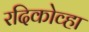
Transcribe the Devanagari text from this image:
रदिकोव्हा